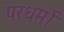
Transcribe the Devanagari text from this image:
परधर्मो